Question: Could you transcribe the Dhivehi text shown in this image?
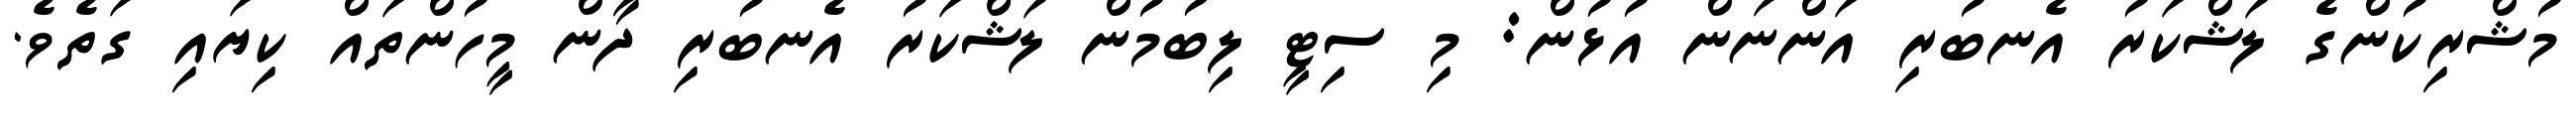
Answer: މުޝްރިކުންގެ ލަޝްކަރު އެނބުރި އަންނަން އުޅުން: މި ސިޓީ ލިބުމުން ލަޝްކަރު އެނބުރި ދާން މީހުންތައް ކިޔައި ގަތެވެ.